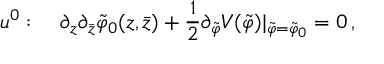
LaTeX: u ^ { 0 } : \quad \partial _ { z } \partial _ { \bar { z } } \tilde { \varphi } _ { 0 } ( z , \bar { z } ) + \frac { 1 } { 2 } \partial _ { \tilde { \varphi } } V ( \tilde { \varphi } ) | _ { \tilde { \varphi } = \tilde { \varphi } _ { 0 } } = 0 \, ,